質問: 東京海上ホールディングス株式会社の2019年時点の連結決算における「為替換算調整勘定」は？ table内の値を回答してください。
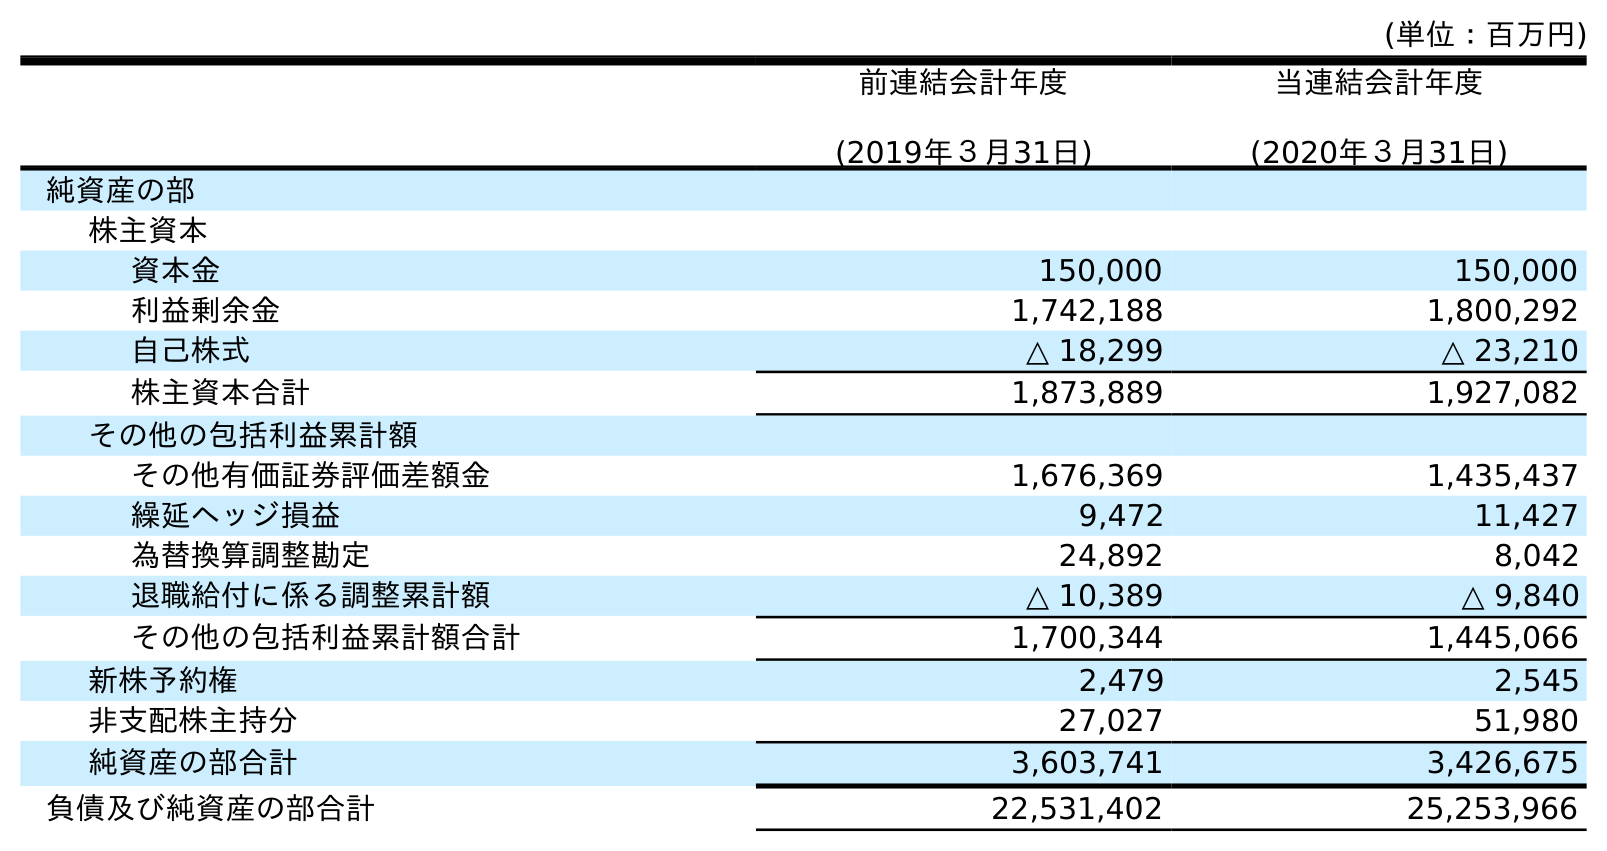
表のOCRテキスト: (単位：百万円) 前連結会計年度 (2019年３月31日) 当連結会計年度 (2020年３月31日) 純資産の部 株主資本 資本金 150,000 150,000 利益剰余金 1,742,188 1,800,292 自己株式 △ 18,299 △ 23,210 株主資本合計 1,873,889 1,927,082 その他の包括利益累計額 その他有価証券評価差額金 1,676,369 1,435,437 繰延ヘッジ損益 9,472 11,427 為替換算調整勘定 24,892 8,042 退職給付に係る調整累計額 △ 10,389 △ 9,840 その他の包括利益累計額合計 1,700,344 1,445,066 新株予約権 2,479 2,545 非支配株主持分 27,027 51,980 純資産の部合計 3,603,741 3,426,675 負債及び純資産の部合計 22,531,402 25,253,966
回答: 24,892